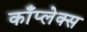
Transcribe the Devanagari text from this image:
काँप्लेक्स